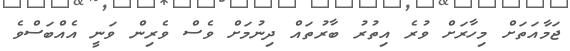
ޖަމާއަތަށް މިހާރަށް ވުރެ އިތުރު ބާރުތައް ދިނުމަށް ވެސް ވެރިން ވަނީ އެއްބަސްވެ